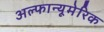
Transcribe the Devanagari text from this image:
अल्फान्यूमेरिक